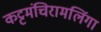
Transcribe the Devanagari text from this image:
कट्टमंचिरामलिंगा